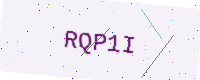
Text: RQP1I